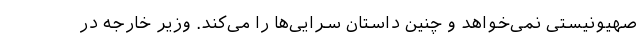
صهیونیستی نمی‌خواهد و چنین داستان سرایی‌ها را می‌کند. وزیر خارجه در